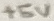
Text: +5V